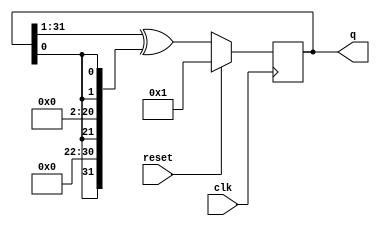
module top_module(
    input clk,
    input reset,    // Active-high synchronous reset to 32'h1
    output [31:0] q
); 
    // taps are at 32, 22, 2 ant 1
    // tap is count from 1 to 32
    reg[31:0] tapList;
    assign tapList[31]=q[0];
    assign tapList[30:22]=9'd0;
    assign tapList[21]=q[0];
    assign tapList[20:2]=19'd0;
    assign tapList[1]=q[0];
    assign tapList[0]=q[0];

    always@(posedge clk) begin
        if(reset)
            q<=32'h1;
        else
            q<={1'b0,q[31:1]}^tapList; // in LFSR, the MSB input is 1'b0
    end
endmodule